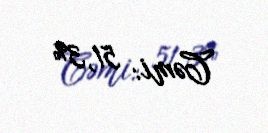
Cəmi: 51,3%